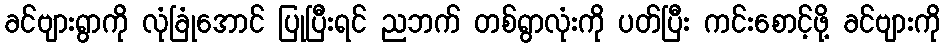
ခင်ဗျားရွာကို လုံခြုံအောင် ပြုပြီးရင် ညဘက် တစ်ရွာလုံးကို ပတ်ပြီး ကင်းစောင့်ဖို့ ခင်ဗျားကို